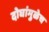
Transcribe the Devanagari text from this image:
दोघांमुळेच